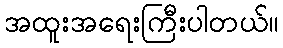
အထူးအရေးကြီးပါတယ်။